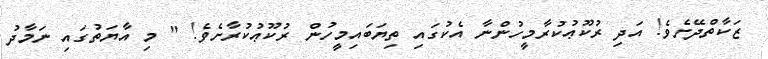
ޒަކާތްދޭށެވެ! އަދި ރުކޫޢުކުރާމީހުންނާ އެކުގައި ތިޔަބައިމީހުން ރުކޫޢުކުރާށެވެ! " މި އާޔަތުގައި ނަމާދު